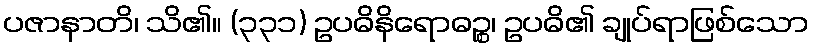
ပဇာနာတိ၊ သိ၏။ (၃၃၁) ဥပဓိနိရောဓဉ္စ၊ ဥပဓိ၏ ချုပ်ရာဖြစ်သော